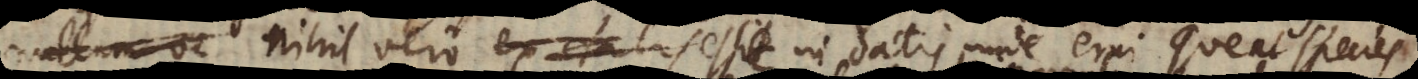
s, nihil vero esse in datis unde erui queat species